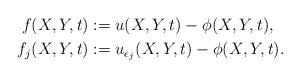
LaTeX: \begin{align*} f(X,Y,t) &:= u(X,Y,t) - \phi(X,Y,t),\\ f_j(X,Y,t) &:= u_{\epsilon_j}(X,Y,t) - \phi(X,Y,t).\end{align*}